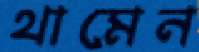
থামেন